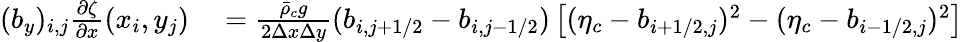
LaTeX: \begin{array}{rl}{(b_{y})_{i,j}\frac{\partial\zeta}{\partial x}(x_{i},y_{j})}&{{}=\frac{\bar{\rho}_{c}g}{2\Delta x\Delta y}(b_{i,j+1/2}-b_{i,j-1/2})\left[(\eta_{c}-b_{i+1/2,j})^{2}-(\eta_{c}-b_{i-1/2,j})^{2}\right]}\end{array}